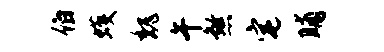
伯蠖魏午煞宅晡